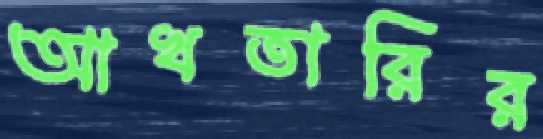
আখতারির